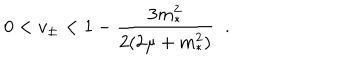
0 < v _ { \pm } < 1 - \frac { 3 m _ { * } ^ { 2 } } { 2 ( 2 \mu + m _ { * } ^ { 2 } ) } \; \; .